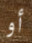
أو